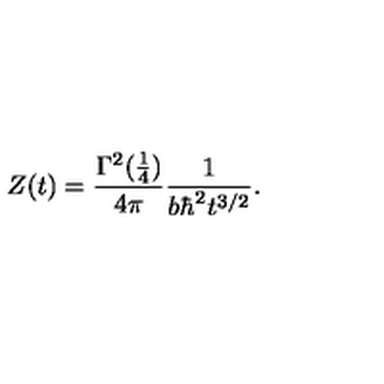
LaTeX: Z ( t ) = { \frac { \Gamma ^ { 2 } ( { \frac { 1 } { 4 } } ) } { 4 \pi } } { \frac { 1 } { b \hbar ^ { 2 } t ^ { 3 / 2 } } } .